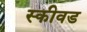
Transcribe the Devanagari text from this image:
स्कीवड